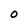
Character: O